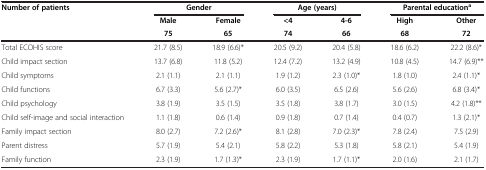
<table><thead><tr><td><b>Number of patients</b></td><td colspan="2"><b>Gender</b></td><td colspan="2"><b>Age (years)</b></td><td colspan="2"><b>Parental education<sup>a</sup></b></td></tr><tr><td>[EMPTY_CELL]</td><td><b>Male</b></td><td><b>Female</b></td><td><b>&lt;4</b></td><td><b>4-6</b></td><td><b>High</b></td><td><b>Other</b></td></tr><tr><td>[EMPTY_CELL]</td><td><b>75</b></td><td><b>65</b></td><td><b>74</b></td><td><b>66</b></td><td><b>68</b></td><td><b>72</b></td></tr></thead><tbody><tr><td>Total ECOHIS score</td><td>21.7 (8.5)</td><td>18.9 (6.6)*</td><td>20.5 (9.2)</td><td>20.4 (5.8)</td><td>18.6 (6.2)</td><td>22.2 (8.6)*</td></tr><tr><td>Child impact section</td><td>13.7 (6.8)</td><td>11.8 (5.2)</td><td>12.4 (7.2)</td><td>13.2 (4.9)</td><td>10.8 (4.5)</td><td>14.7 (6.9)**</td></tr><tr><td>Child symptoms</td><td>2.1 (1.1)</td><td>2.1 (1.1)</td><td>1.9 (1.2)</td><td>2.3 (1.0)*</td><td>1.8 (1.0)</td><td>2.4 (1.1)*</td></tr><tr><td>Child functions</td><td>6.7 (3.3)</td><td>5.6 (2.7)*</td><td>6.0 (3.5)</td><td>6.5 (2.6)</td><td>5.6 (2.6)</td><td>6.8 (3.4)*</td></tr><tr><td>Child psychology</td><td>3.8 (1.9)</td><td>3.5 (1.5)</td><td>3.5 (1.8)</td><td>3.8 (1.7)</td><td>3.0 (1.5)</td><td>4.2 (1.8)**</td></tr><tr><td>Child self-image and social interaction</td><td>1.1 (1.8)</td><td>0.6 (1.4)</td><td>0.9 (1.8)</td><td>0.7 (1.4)</td><td>0.4 (0.7)</td><td>1.3 (2.1)*</td></tr><tr><td>Family impact section</td><td>8.0 (2.7)</td><td>7.2 (2.6)*</td><td>8.1 (2.8)</td><td>7.0 (2.3)*</td><td>7.8 (2.4)</td><td>7.5 (2.9)</td></tr><tr><td>Parent distress</td><td>5.7 (1.9)</td><td>5.4 (2.1)</td><td>5.8 (2.2)</td><td>5.3 (1.8)</td><td>5.8 (2.1)</td><td>5.4 (1.9)</td></tr><tr><td>Family function</td><td>2.3 (1.9)</td><td>1.7 (1.3)*</td><td>2.3 (1.9)</td><td>1.7 (1.1)*</td><td>2.0 (1.6)</td><td>2.1 (1.7)</td></tr></tbody></table>